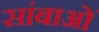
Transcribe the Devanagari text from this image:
सांबाओं